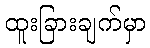
ထူးခြားချက်မှာ